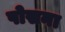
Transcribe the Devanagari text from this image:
पोसना